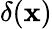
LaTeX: \delta(\mathbf{x})